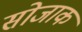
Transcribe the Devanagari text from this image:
सोजाक